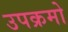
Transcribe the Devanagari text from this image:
उपक्रमो